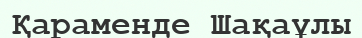
Қараменде Шақаұлы